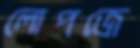
লোপজে